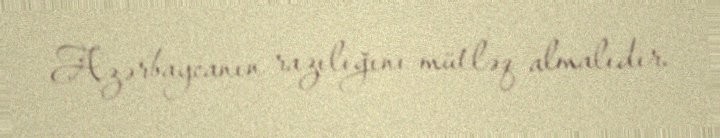
Azərbaycanın razılığını mütləq almalıdır.